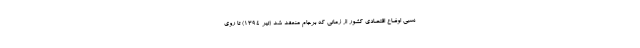
نسبی اوضاع اقتصادی کشور از زمانی که برجام منعقد شد (تیر 1394) تا روی